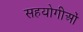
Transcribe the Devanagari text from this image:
सहयोगीओं